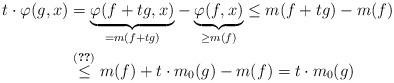
LaTeX: \begin{align*}t\cdot \varphi(g,x) & = \underset{=m(f+tg)}{\underbrace{\varphi(f+tg,x)}} - \underset{\geq m(f)}{\underbrace{\varphi(f,x)}} \leq m(f+tg) - m(f) \\& \stackrel{\eqref{m(a) bound}}{\leq} m(f)+t\cdot m_0(g) - m(f) = t\cdot m_0(g)\end{align*}